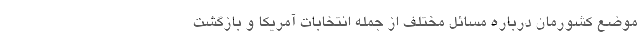
موضع کشورمان درباره مسائل مختلف از جمله انتخابات آمریکا و بازگشت